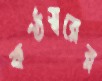
কণ্ঠস্বরের